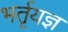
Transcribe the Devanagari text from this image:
भर्तृयज्ञ